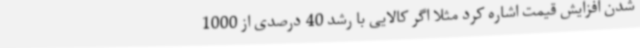
شدن افزایش قیمت اشاره کرد مثلاً اگر کالایی با رشد 40 درصدی از 1000